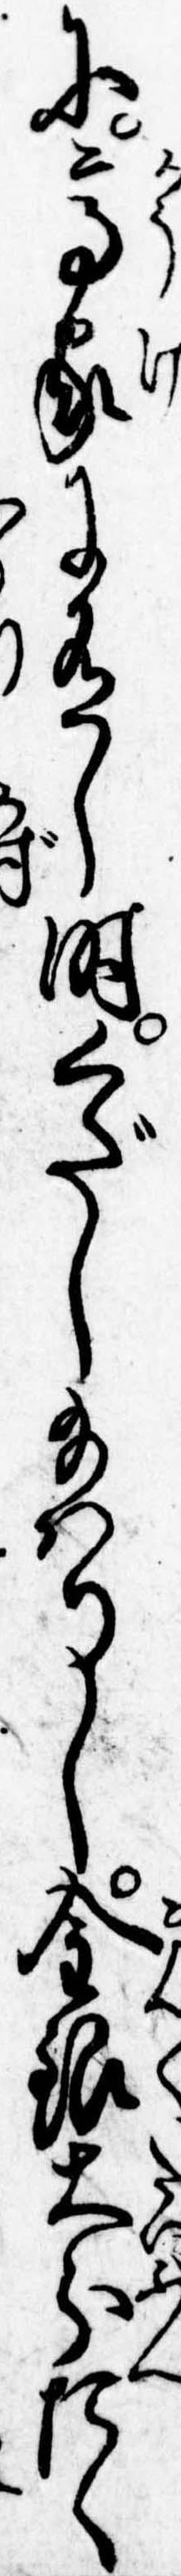
に高家に有し時くだし給はりし金銀大分たく